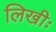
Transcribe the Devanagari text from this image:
लिखीः